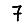
Digit: 7